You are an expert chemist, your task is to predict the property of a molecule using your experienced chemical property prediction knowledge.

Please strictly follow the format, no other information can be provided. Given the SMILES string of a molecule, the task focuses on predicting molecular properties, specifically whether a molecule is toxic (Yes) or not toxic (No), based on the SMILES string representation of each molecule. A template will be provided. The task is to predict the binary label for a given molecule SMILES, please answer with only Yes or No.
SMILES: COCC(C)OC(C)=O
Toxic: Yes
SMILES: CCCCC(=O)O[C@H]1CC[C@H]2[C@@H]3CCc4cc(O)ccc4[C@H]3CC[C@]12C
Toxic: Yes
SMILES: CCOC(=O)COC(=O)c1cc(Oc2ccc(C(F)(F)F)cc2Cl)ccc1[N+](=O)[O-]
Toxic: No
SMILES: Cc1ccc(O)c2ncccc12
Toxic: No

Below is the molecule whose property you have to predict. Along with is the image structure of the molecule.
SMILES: CC(C)(C)C1CCC(=O)CC1
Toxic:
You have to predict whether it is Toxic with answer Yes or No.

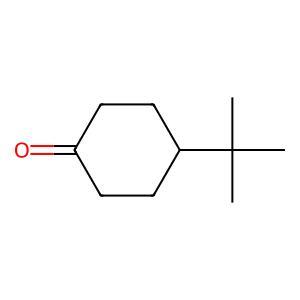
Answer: No